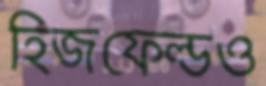
হিজফেল্ডও